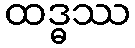
ထဒ္ဓဿ